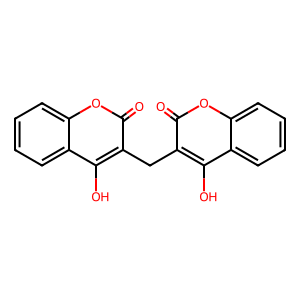
SMILES: O=c1oc2ccccc2c(O)c1Cc1c(O)c2ccccc2oc1=O
Inhibits HIV replication: No